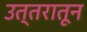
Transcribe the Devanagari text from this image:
उत्तरातून